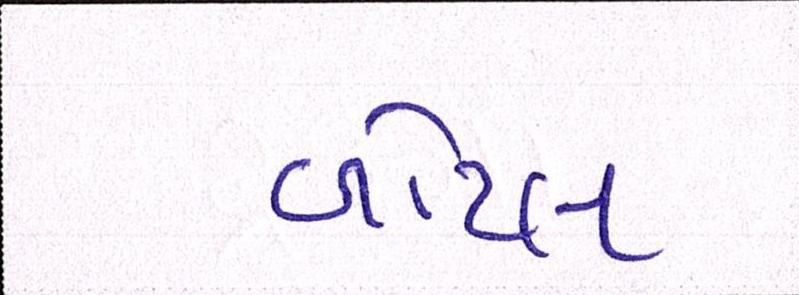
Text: બોટલ